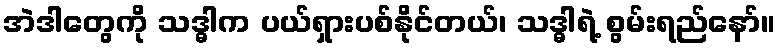
အဲဒါတွေကို သဒ္ဓါက ပယ်ရှားပစ်နိုင်တယ်၊ သဒ္ဓါရဲ့ စွမ်းရည်နော်။